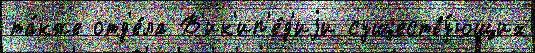
та́кже отд'е́ла В'ик'ип'е́д'иjи существу́ющих